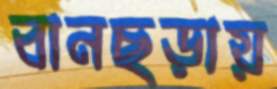
বানছড়ায়